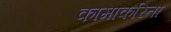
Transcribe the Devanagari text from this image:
कामाकरिता